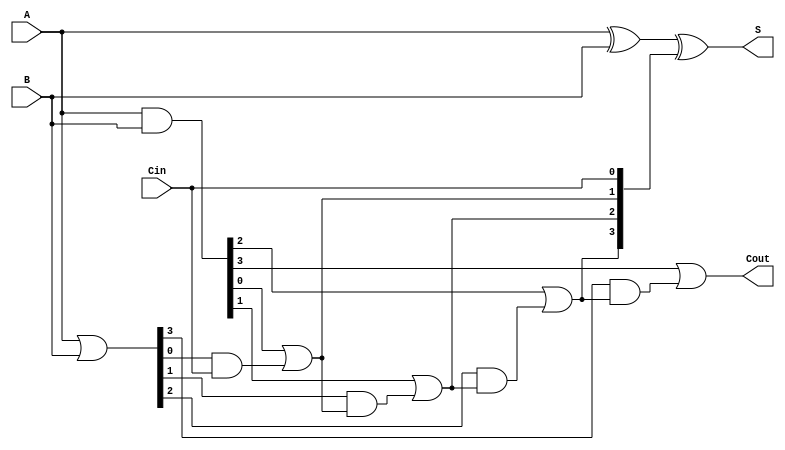
module VLCLA #(
    parameter n = 4 // Define the bit-width of the adder (4 bits by default)
) (
    input  [n-1:0] A,    // First n-bit input
    input  [n-1:0] B,    // Second n-bit input
    input  Cin,          // Carry-in
    output [n-1:0] S,    // n-bit sum output
    output Cout          // Carry-out
);

    // Generate and Propagate signals
    wire [n-1:0] G; // Generate signals
    wire [n-1:0] P; // Propagate signals
    wire [n:0] C;   // Carry signals (C[0] is Cin, C[n] is Cout)

    // Generate and Propagate logic
    assign G = A & B;         // Gi = Ai AND Bi
    assign P = A | B;         // Pi = Ai OR Bi

    // Carry calculation - using carry lookahead logic
    assign C[0] = Cin; // C0 = Cin

    genvar i;
    generate
        for (i = 0; i < n; i = i + 1) begin : carry_calc
            assign C[i+1] = G[i] | (P[i] & C[i]); // Ci+1 = Gi OR (Pi AND Ci)
        end
    endgenerate

    // Sum calculation
    assign S = A ^ B ^ C[n-1:0]; // Si = Ai XOR Bi XOR Ci

    // Carry-out signal is the last carry
    assign Cout = C[n]; // Cout = Cn

endmodule